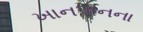
ખાનપાનના